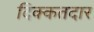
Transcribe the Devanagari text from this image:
दिक्कतदार